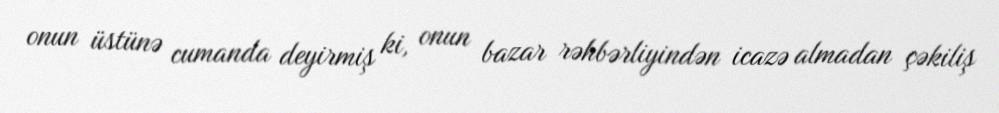
onun üstünə cumanda deyirmiş ki, onun bazar rəhbərliyindən icazə almadan çəkiliş